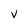
Character: V